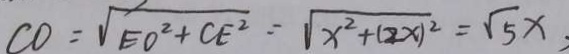
C O = \sqrt { E O ^ { 2 } + C E ^ { 2 } } = \sqrt { x ^ { 2 } + ( 2 x ) ^ { 2 } } = \sqrt { 5 } x